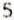
5